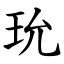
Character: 玧